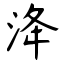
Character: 洚